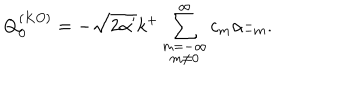
Q _ { 0 } ^ { ( K O ) } = - \sqrt { 2 \alpha ^ { \prime } } k ^ { + } \sum _ { \stackrel { \scriptstyle m = - \infty } { m \neq 0 } } ^ { \infty } c _ { m } \alpha _ { - m } ^ { - } .